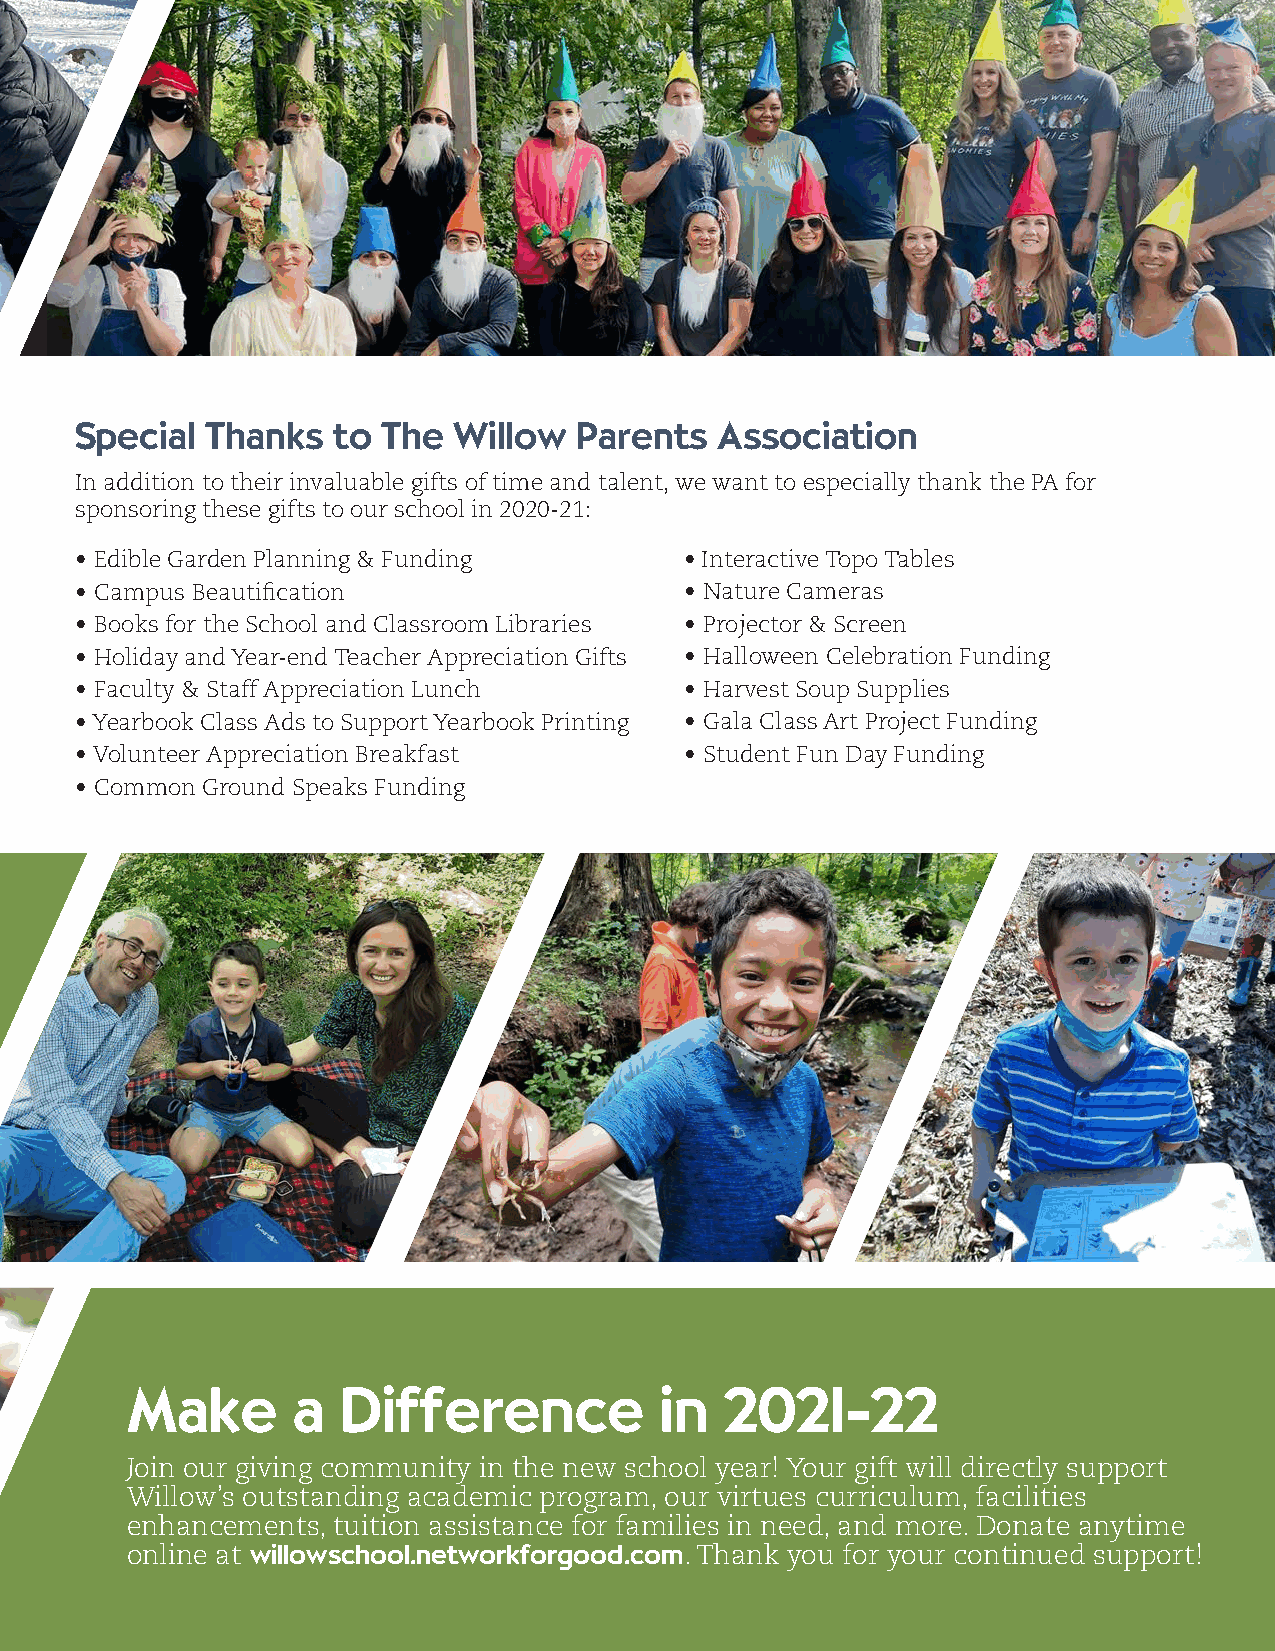
Special  Thanks  to The  Willow  Parents  Association
 In addition to their invaluable gifts of time and talent, we want to especially thank the PA for
 sponsoring these gifts to our school in 2020-21:
 • Edible Garden Planning & Funding      • Interactive Topo Tables
 • Campus Beautification                 • Nature Cameras
 • Books for the School and Classroom Libraries • Projector & Screen
 • Holiday and Year-end Teacher Appreciation Gifts • Halloween Celebration Funding
 • Faculty & Staff Appreciation Lunch    • Harvest Soup Supplies
 • Yearbook Class Ads to Support Yearbook Printing • Gala Class Art Project Funding
 • Volunteer Appreciation Breakfast      • Student Fun Day Funding
 • Common Ground Speaks Funding
 Special Thanks to Glenn Likus
 for all that he does around campus
 to support the school and the PA and
 to Erin Kiernan Photography and DJ Jen
 Jones for elevating all of our events with
 their photography and music!
 Make       a   Difference           in  2021-22
 Join our giving community in the new school year! Your gift will directly support
 Willow’s outstanding academic program, our virtues curriculum, facilities
 enhancements, tuition assistance for families in need, and more. Donate anytime
 online at willowschool.networkforgood.com. Thank you for your continued support!